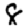
Digit: 8